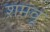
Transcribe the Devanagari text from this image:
शमवू